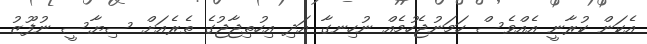
އެކަން ކުރާނީ އެއްވެސް ހަމަނުޖެހުމެއް ނުހިނގާ އަދި އިހުތިޖާޖުގެ ތެރެއަށް ސިޔާސީ ނުފޫޒު